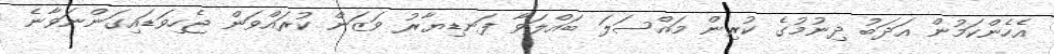
އެހެންކަމުން އަދަބު ދިނުމުގެ ކުރިން މައްސަލަ ބައްލަވާ ފަނޑިޔާރު ވަޒަން ކުރައްވަން ޖެހިވަޑައިގަންނަވާނެ